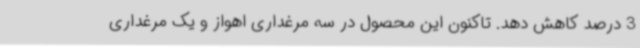
3 درصد کاهش دهد. تاکنون این محصول در سه مرغداری اهواز و یک مرغداری